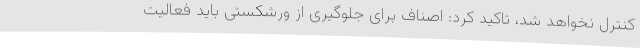
کنترل نخواهد شد، تاکید کرد: اصناف برای جلوگیری از ورشکستی باید فعالیت